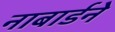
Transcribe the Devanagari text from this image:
नाबार्डने